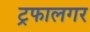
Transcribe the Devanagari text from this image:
ट्रफालगर